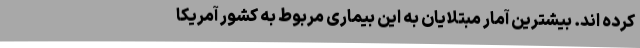
کرده اند. بیشترین آمار مبتلایان به این بیماری مربوط به کشور آمریکا